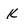
Character: K